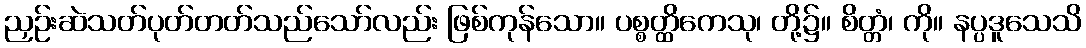
ညှဉ်းဆဲသတ်ပုတ်တတ်သည်သော်လည်း ဖြစ်ကုန်သော။ ပစ္စတ္ထိကေသု၊ တို့၌။ စိတ္တံ၊ ကို။ နပ္ပဒူသေသိ